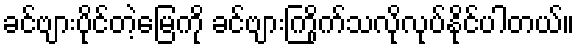
ခင်ဗျားပိုင်တဲ့မြေကို ခင်ဗျားကြိုက်သလိုလုပ်နိုင်ပါတယ်။